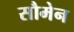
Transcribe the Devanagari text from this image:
सौमेन